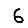
Digit: 6